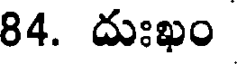
84. దుఃఖం